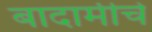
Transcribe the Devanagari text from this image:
बादामीचे